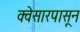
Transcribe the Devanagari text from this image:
क्वेसारपासून